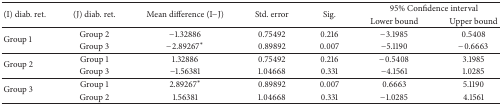
| <ROWSPAN=2> (I) diab. ret. | <ROWSPAN=2> (J) diab. ret. | <ROWSPAN=2> Mean difference (I−J) | <ROWSPAN=2> Std. error | <ROWSPAN=2> Sig. | <COLSPAN=2> 95% Confidence interval |
 | Lower bound | Upper bound |
 | --- | --- | --- | --- | --- | --- | --- |
 | <ROWSPAN=2> Group 1 | Group 2 | −1.32886 | 0.75492 | 0.216 | −3.1985 | 0.5408 |
 | Group 3 | −2.89267* | 0.89892 | 0.007 | −5.1190 | −0.6663 |
 | <ROWSPAN=2> Group 2 | Group 1 | 1.32886 | 0.75492 | 0.216 | −0.5408 | 3.1985 |
 | Group 3 | −1.56381 | 1.04668 | 0.331 | −4.1561 | 1.0285 |
 | <ROWSPAN=2> Group 3 | Group 1 | 2.89267* | 0.89892 | 0.007 | 0.6663 | 5.1190 |
 | Group 2 | 1.56381 | 1.04668 | 0.331 | −1.0285 | 4.1561 |